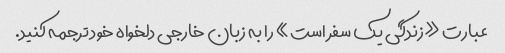
عبارت «زندگی یک سفر است» را به زبان خارجی دلخواه خود ترجمه کنید.